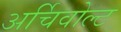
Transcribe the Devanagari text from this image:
अर्चिवोल्ट